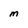
Character: m